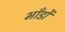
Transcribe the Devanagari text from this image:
भाँडों